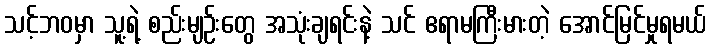
သင့်ဘဝမှာ သူ့ရဲ့ စည်းမျဉ်းတွေ အသုံးချရင်းနဲ့ သင် ဧရာမကြီးမားတဲ့ အောင်မြင်မှုရမယ်